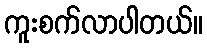
ကူးစက်လာပါတယ်။